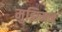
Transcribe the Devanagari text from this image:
मुझिमन